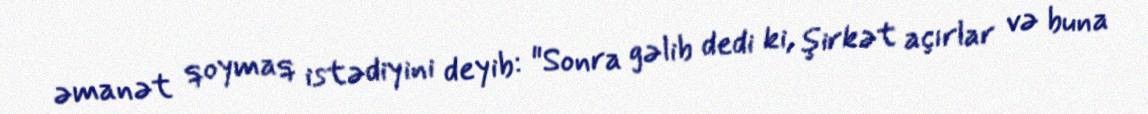
əmanət qoymaq istədiyini deyib: "Sonra gəlib dedi ki, şirkət açırlar və buna